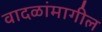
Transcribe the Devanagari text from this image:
वादळांमागील